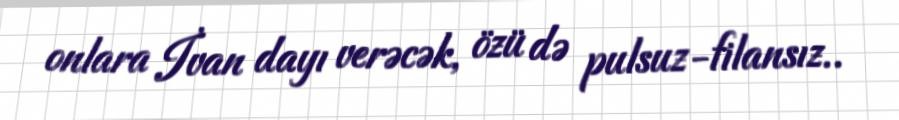
onlara İvan dayı verəcək, özü də pulsuz-filansız..